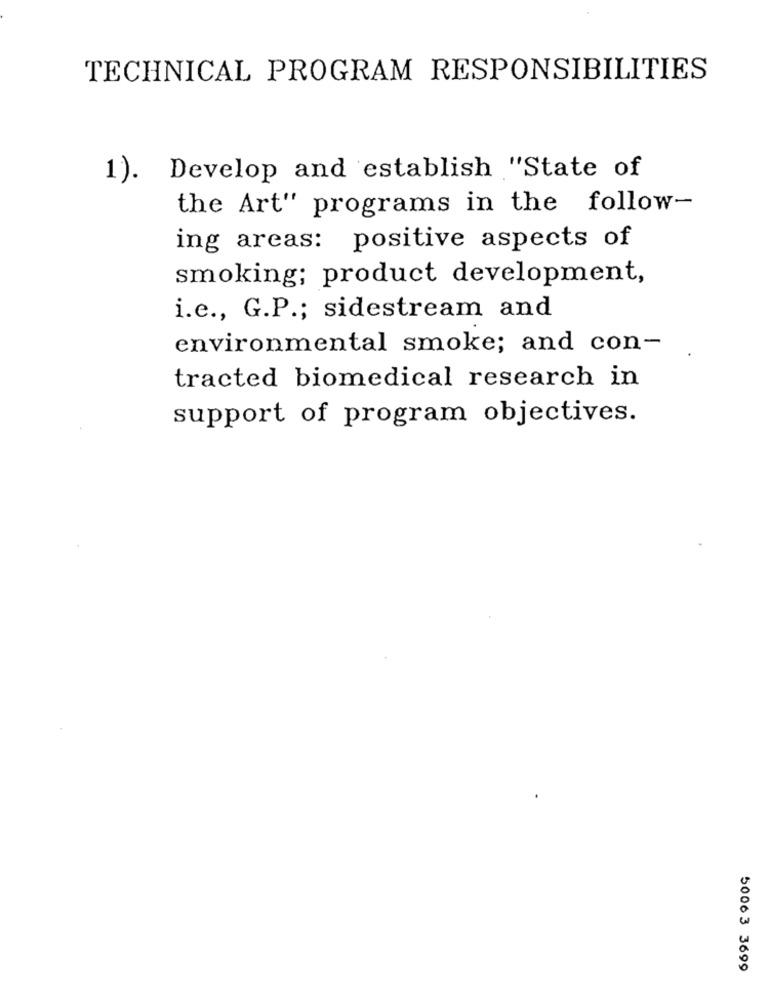
TECHNICAL PROGRAM RESPONSIBILITIES
1). Develop and establish "State of
the Art" programs in the follow-
ing areas: positive aspects of
smoking; product development,
i.e ., G.P .; sidestream and
environmental smoke; and con-
tracted biomedical research in
support of program objectives.
50063 3699